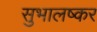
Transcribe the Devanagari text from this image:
सुभालष्कर